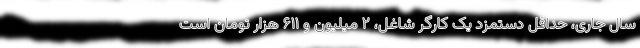
سال جاری، حداقل دستمزد یک کارگر شاغل، ۲ میلیون و ۶۱۱ هزار تومان است